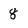
Character: 8